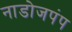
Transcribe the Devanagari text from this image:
नाडोजपंप